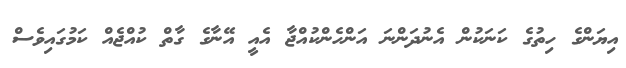
އިޔަންގެ ހިތުގެ ކަނަކުން އެނުދަންނަ އަންހެންކުއްޖާ އެއީ އޭނާގެ ގާތް ކުއްޖެއް ކަމުގައިވެސް